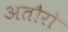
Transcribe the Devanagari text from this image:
अतौरो